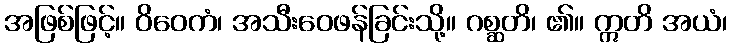
အဖြစ်ဖြင့်။ ဝိဝေကံ၊ အသီးဝေဖန်ခြင်းသို့။ ဂစ္ဆတိ၊ ၏။ ဣတိ အယံ၊